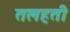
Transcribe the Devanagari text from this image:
तलहती